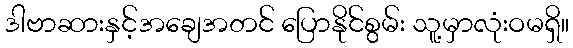
ဒါဗာဆားနှင့်အချေအတင် ပြောနိုင်စွမ်း သူ့မှာလုံးဝမရှိ။